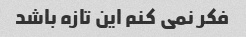
فکر نمی کنم این تازه باشد